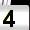
Digit: 4